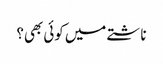
ناشتے میں کوئی بھی؟